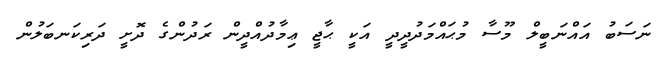
ނަސަބު އައްނަބީލް މޫސާ މުޙައްމަދުދީދީ އަކީ ޙާޖީ ޢިމާދުއްދީން ރަދުންގެ ދޮށީ ދަރިކަނބަލުން